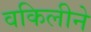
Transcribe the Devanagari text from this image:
वकिलीने